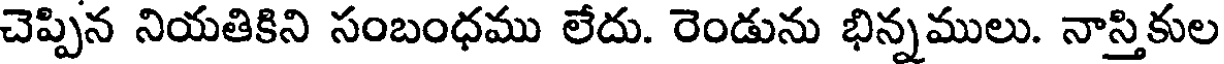
చెప్పిన నియతికిని సంబంధము లేదు. రెండును భిన్నములు. నాస్తికుల